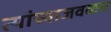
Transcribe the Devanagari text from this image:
त्यांच्याजवळच